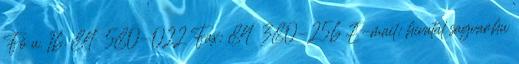
Fő u. 16. 84 580-022 Fax: 84 380-256 E-mail: hivatal sagvar.hu